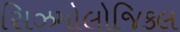
સિઝમોલોજિકલ